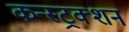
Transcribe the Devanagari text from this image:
कन्स्ट्रक्‍शन